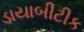
ડાયાબીટીક